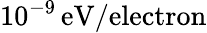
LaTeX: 10^{-9}\, \mathrm{eV/electron}